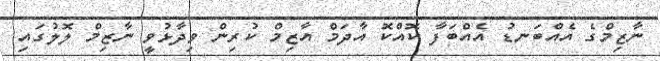
ނާޒިމްގެ އެއްބަނޑު އެއްބަފާ ކޮއްކޮ އާދަމް އާޒިމް ކުރިން ވިދާޅުވީ ނާޒިމް ލޮލުގައި